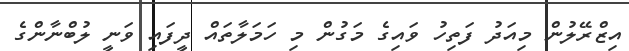
އިޒްރޭލުން މިއަދު ފަތިހު ވައިގެ މަގުން މި ހަމަލާތައް ދީފައި ވަނީ ލުބްނާންގެ